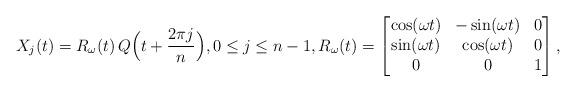
LaTeX: \begin{align*}X_j(t) = R_\omega(t) \, Q\Big(t + \frac{2\pi j}{n}\Big), 0\leq j\leq n-1, R_\omega(t)=\begin{bmatrix}\cos(\omega t) & -\sin(\omega t) & 0 \\\sin(\omega t) & \cos(\omega t) & 0 \\0 & 0 & 1\end{bmatrix},\end{align*}